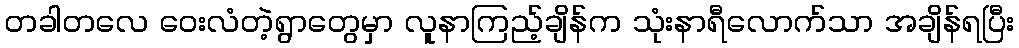
တခါတလေ ဝေးလံတဲ့ရွာတွေမှာ လူနာကြည့်ချိန်က သုံးနာရီလောက်သာ အချိန်ရပြီး